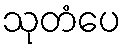
သုတံပေ